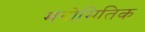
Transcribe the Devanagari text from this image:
मनोमितिक